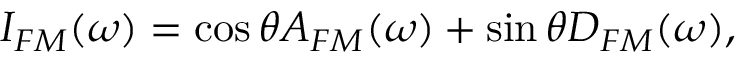
I _ { F M } ( \omega ) = \cos \theta A _ { F M } ( \omega ) + \sin \theta D _ { F M } ( \omega ) ,